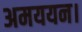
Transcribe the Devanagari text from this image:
अमययन।